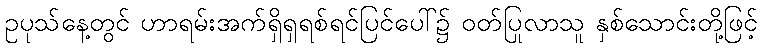
ဥပုသ်နေ့တွင် ဟာရမ်းအက်ရှိရှရစ်ရင်ပြင်ပေါ်၌ ဝတ်ပြုလာသူ နှစ်သောင်းတို့ဖြင့်